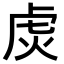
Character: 𬟩